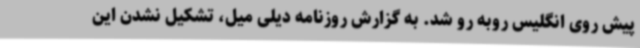
پیش روی انگلیس روبه رو شد. به گزارش روزنامه دیلی میل، تشکیل نشدن این